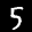
Label: 5